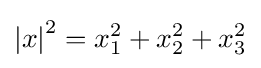
\left|x\right|^{2}=x_{1}^{2}+x_{2}^{2}+x_{3}^{2}